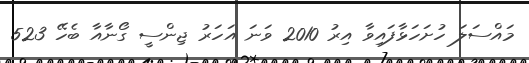
މައްސަލަ ހުށަހަޅާފައިވާ އިރު 2010 ވަނަ އަހަރު ޖިންސީ ގޯނާއާ ބެހޭ 523